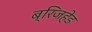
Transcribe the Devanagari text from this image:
ब्रिजहेड